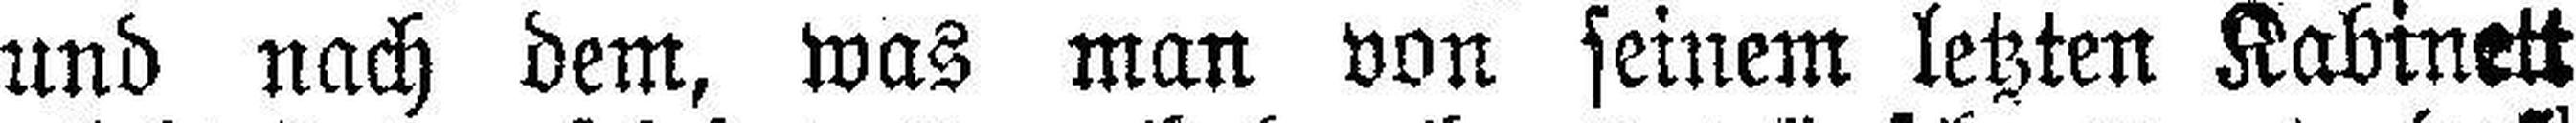
und nach dem, was man von seinem letzten Kabinett